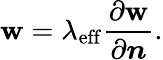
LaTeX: \mathbf{w}=\lambda_{\mathrm{{eff}}}\frac{{\partial\mathbf{w}}}{{\partial\boldsymbol{n}}}.